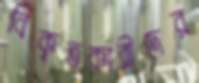
বিকৃতকারীদের